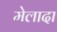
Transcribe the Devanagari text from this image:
मेलादा